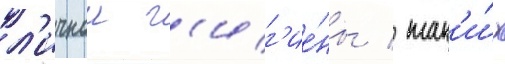
л'ичнои г'иг'ие́ны / так'и́х